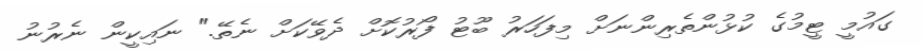
ގައުމީ ޓީމުގެ ކުޅުންތެރިންނަށް މިފަހަރު ބޫޓު ފޯރުކޮށް ދެވޭކަށް ނެތޭ." ނައިކީން ނެރުނު